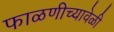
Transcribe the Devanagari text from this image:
फाळणीच्यावेळी